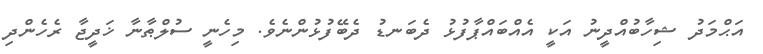
އަޙްމަދު ޝިހާބުއްދީނު އަކީ އެއްބައްޕާފުޅު ދެބަނޑު ދެބޭފުޅުންނެވެ. މިހެނީ ސުލްޠާނާ ޚަދީޖާ ރެހެންދި